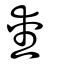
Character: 愛